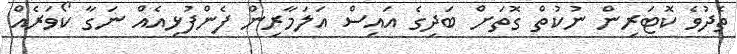
ތެދުވެ ކޮޓަރިން ނުކުތް ގޮތަށް ބަދިގެ އައިސް އަލަމާރިން ފެންފުޅިއެއް ނަގާ ކޯވަރެއް